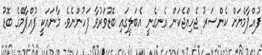
ފުއްޕާމެޔަށް ކެންސަރު ޖެހިއްޖެކަން އެނގެނީ އެބަލީގައި ބޮޑުވަރުވާ ފަހުންނެވެ. މާނައަކީ ފުއްޕާމޭގެ ބޮޑު